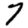
Digit: 7